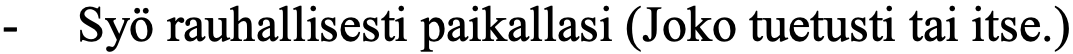
-  Syö rauhallisesti paikallasi (Joko tuetusti tai itse.)